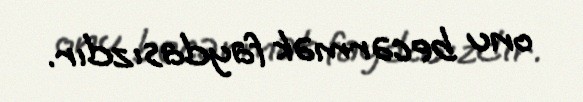
onu becərmək faydasızdır.